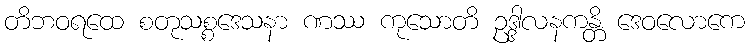
တိဘဝရထေ စတုသစ္စဒေသနာ ဏဿ ကုသောတိ ဥဒ္ဒါလနကန္တိ ဒေဝလောကေ